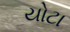
યોટા